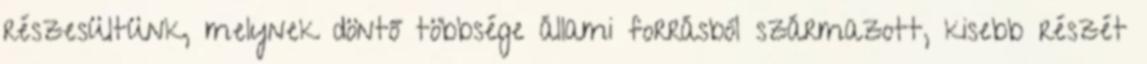
részesültünk, melynek döntő többsége állami forrásból származott, kisebb részét